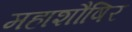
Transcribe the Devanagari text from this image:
महाशौषिर